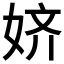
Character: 𱙑